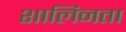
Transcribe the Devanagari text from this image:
शालिनता